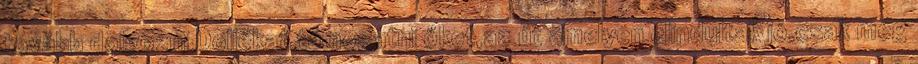
tovább dolgozni Dollékat,támogatni őket,az út amelyen elindultak jó,csak még